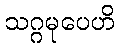
သဂ္ဂမုပေဟိ